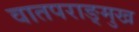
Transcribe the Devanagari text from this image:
वातपराङ्‌मुख